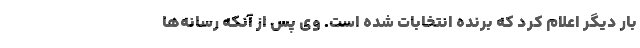
بار دیگر اعلام کرد که برنده انتخابات شده است. وی پس از آنکه رسانه‌ها